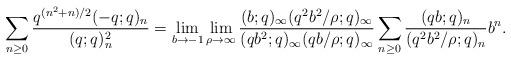
LaTeX: \begin{align*}\sum_{n \geq 0} \frac{q^{(n^2+n)/{2}}(-q;q)_n}{(q;q)^2_n} = \lim_{b\rightarrow-1}\lim_{\rho\rightarrow\infty} \frac{(b;q)_\infty(q^2b^2/\rho;q)_\infty}{(qb^2;q)_\infty (qb/\rho;q)_\infty} \sum_{n\geq 0} \frac{(qb;q)_n}{(q^2b^2/\rho;q)_n} b^n.\end{align*}